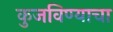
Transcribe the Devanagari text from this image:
कुजविण्याचा